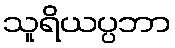
သူရိယပ္ပဘာ